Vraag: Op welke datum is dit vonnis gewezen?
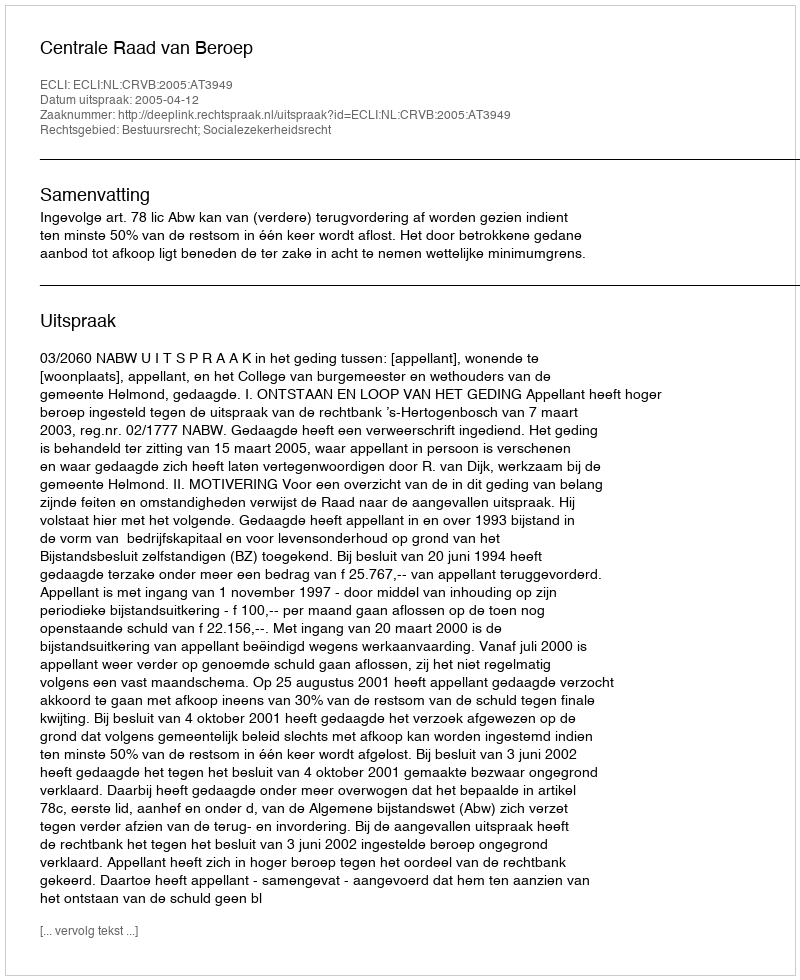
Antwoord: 2005-04-12